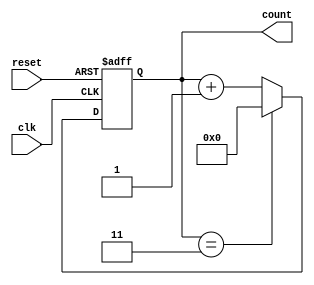
module ModulusCounter(
    input wire clk,
    input wire reset,
    output reg [N-1:0] count
);

parameter N = 4; // Number of bits for counting

always @(posedge clk or posedge reset) begin
    if (reset) begin
        count <= 0;
    end else begin
        if (count == N-1) begin
            count <= 0;
        end else begin
            count <= count + 1;
        end
    end
end

endmodule